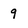
Character: 9